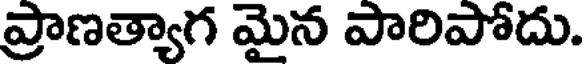
ప్రాణత్యాగ మైన పారిపోదు.